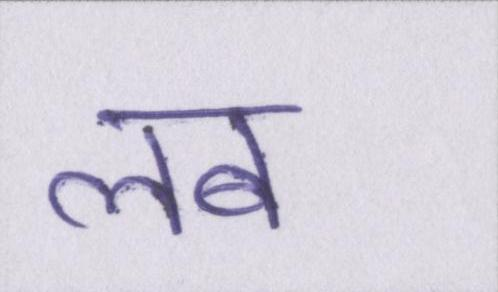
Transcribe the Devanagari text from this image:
लब